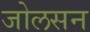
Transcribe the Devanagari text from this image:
जोलसन